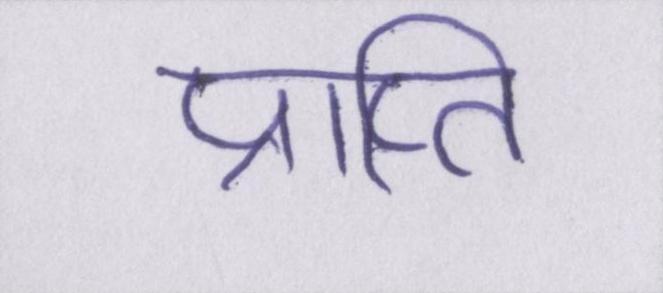
प्राप्ति